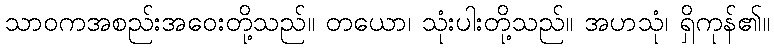
သာဝကအစည်းအဝေးတို့သည်။ တယော၊ သုံးပါးတို့သည်။ အဟသုံ၊ ရှိကုန်၏။